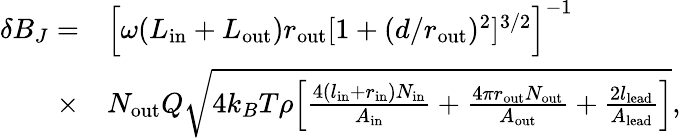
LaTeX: \begin{array}{rl}{\delta B_{J}=}&{\Big[{\omega(L_{\mathrm{in}}+L_{\mathrm{out}})r_{\mathrm{out}}}[1+(d/r_{\mathrm{out}})^{2}]^{3/2}\Big]^{-1}}\\ {\times}&{N_{\mathrm{out}}Q\sqrt{4k_{B}T\rho\Big[\frac{4(l_{\mathrm{in}}+r_{\mathrm{in}})N_{\mathrm{in}}}{A_{\mathrm{in}}}+\frac{4\pi r_{\mathrm{out}}N_{\mathrm{out}}}{A_{\mathrm{out}}}+\frac{2l_{\mathrm{lead}}}{A_{\mathrm{lead}}}\Big]},}\end{array}